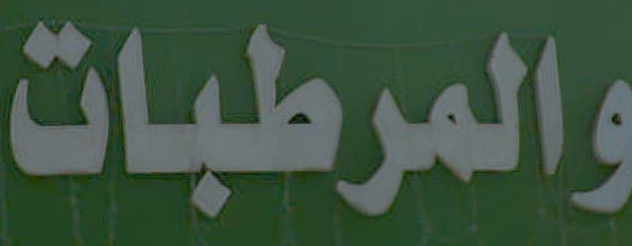
والمرطبات